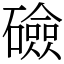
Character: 礆